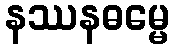
နဿနဓမ္မေ